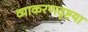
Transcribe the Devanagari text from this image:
व्याकरणदृष्टया